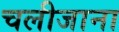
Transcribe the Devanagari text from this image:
चलीजाना